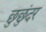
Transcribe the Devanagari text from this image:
छुछुंदर